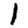
Digit: 1